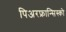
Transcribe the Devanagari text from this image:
पिअरफ्रान्सिस्को